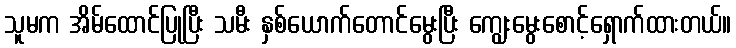
သူမက အိမ်ထောင်ပြုပြီး သမီး နှစ်ယောက်တောင်မွေးပြီး ကျွေးမွေးစောင့်ရှောက်ထားတယ်။